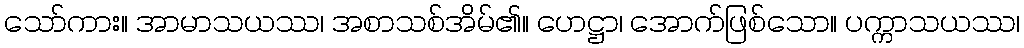
သော်ကား။ အာမာသယဿ၊ အစာသစ်အိမ်၏။ ဟေဋ္ဌာ၊ အောက်ဖြစ်သော။ ပက္ကာသယဿ၊